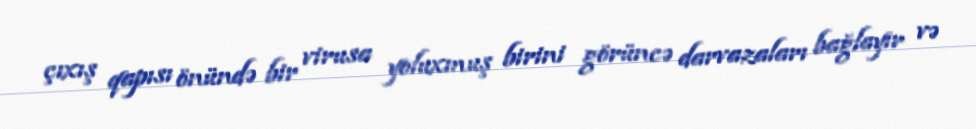
çıxış qapısı önündə bir virusa yoluxmuş birini görüncə darvazaları bağlayır və